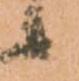
候